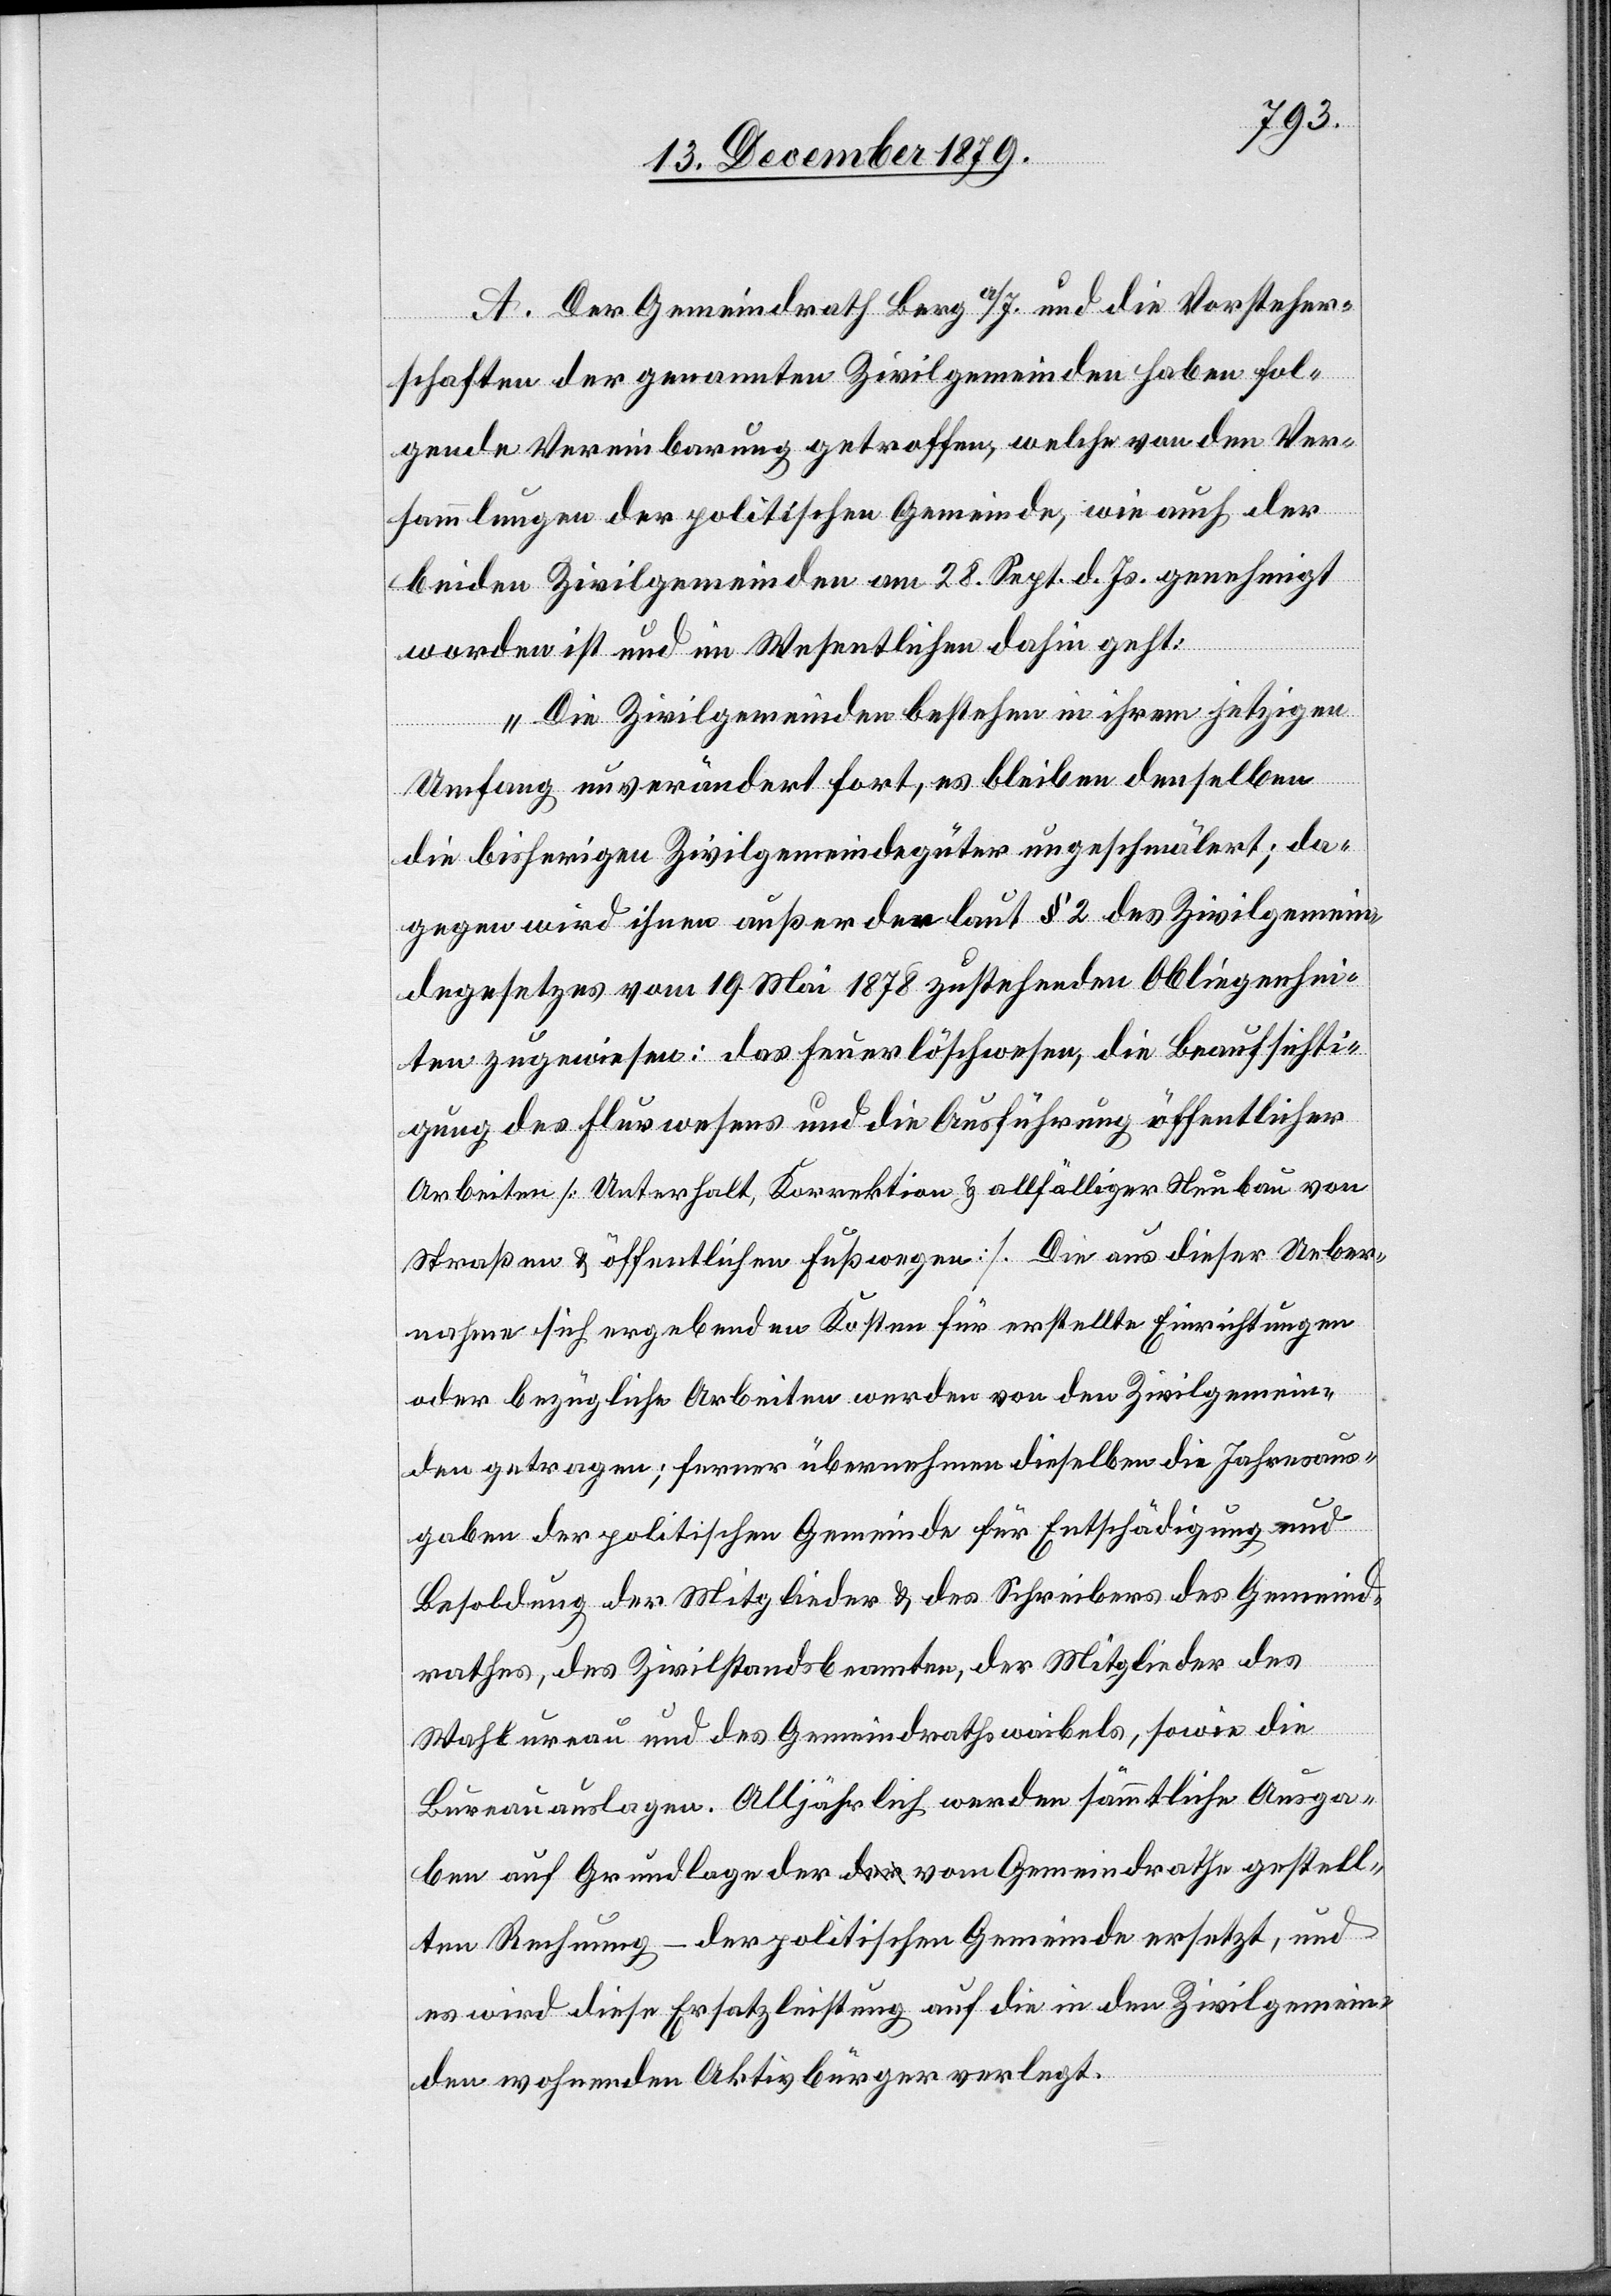
A. Der Gemeindrath Berg a/I. und die Vorsteher¬
schaften der genannten Zivilgemeinden haben fol¬
gende Vereinbarung getroffen, welche von den Ver¬
sammlungen der politischen Gemeinde, wie auch der
beiden Zivilgemeinden am 28. Sept. d. Js. genehmigt
worden ist und im Wesentlichen dahin geht:
„Die Zivilgemeinden bestehen in ihrem jetzigen
Umfang unverändert fort, es bleiben denselben
die bisherigen Zivilgemeindegüter ungeschmälert; da¬
gegen wird ihnen außer der laut § 2 des Zivilgemein¬
degesetzes vom 19. Mai 1878 zustehenden Obliegenhei¬
ten zugewiesen: das Feuerlöschwesen, die Beaufsichti¬
gung des Flurwesens und die Ausführung öffentlicher
Arbeiten [Unterhalt, Korrektion & allfälliger Neubau von
Straßen & öffentlichen Fußwegen]. Die aus dieser Ueber¬
nahme sich ergebenden Kosten für erstellte Einrichtungen
oder bezügliche Arbeiten werden von den Zivilgemein¬
den getragen; ferner übernehmen dieselben die Jahresaus¬
gaben der politischen Gemeinde für Entschädigung und
Besoldung der Mitglieder & des Schreibers des Gemeind¬
rathes, des Zivilstandsbeamten, der Mitglieder des
Wahlbureau und des Gemeindrathsweibels, sowie die
Bureauauslagen. Alljährlich werden sämmtliche Ausga¬
ben auf Grundlage der vom Gemeindrathe gestell¬
ten Rechnung – der politischen Gemeinde ersetzt, und
es wird diese Ersatzleistung auf die in den Zivilgemein¬
den wohnenden Aktivbürger verlegt.